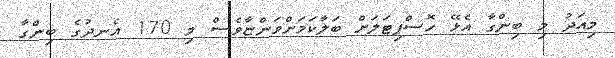
މިއަދު މި ބިންގާ އެޅޭ ހޮސްޕިޓަލަށް ބަލާކަމަށްވަންޏާވެސް މި 170 އެނދުގެ ބިންގާ